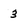
Character: 3